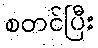
စတင်ပြီး